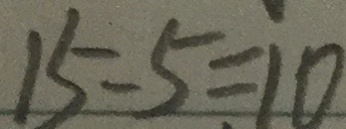
1 5 - 5 = 1 0